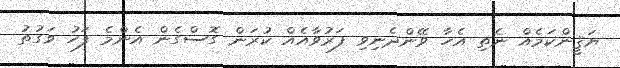
ޔަޤީންކަމެއް ނެތި އެހާ ވޭންދެނިވި ފަރުވާއެއް ކުރަން ގޮސްގެން އެންމެ ފަހު ވަގުތު